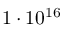
1 \cdot 1 0 ^ { 1 6 }